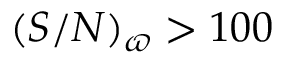
( S / N ) _ { \varpi } > 1 0 0